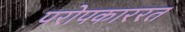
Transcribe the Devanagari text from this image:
परोपकाररत